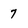
Character: 7